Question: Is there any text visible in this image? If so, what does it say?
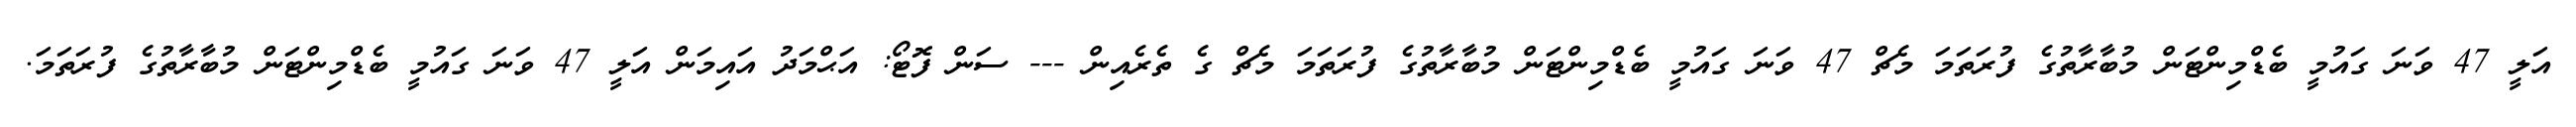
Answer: އަލީ 47 ވަނަ ގައުމީ ބެޑްމިންޓަން މުބާރާތުގެ ފުރަތަމަ މެޗް 47 ވަނަ ގައުމީ ބެޑްމިންޓަން މުބާރާތުގެ ފުރަތަމަ މެޗް ގެ ތެރެއިން --- ސަން ފޮޓޯ: އަޙްމަދު އައިމަން އަލީ 47 ވަނަ ގައުމީ ބެޑްމިންޓަން މުބާރާތުގެ ފުރަތަމަ.